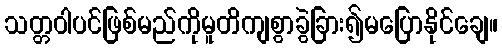
သတ္တဝါပင်ဖြစ်မည်ကိုမူတိကျစွာခွဲခြား၍မပြောနိုင်ချေ။